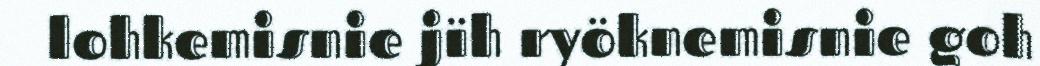
lohkemisnie jïh ryöknemisnie goh